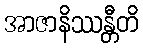
အာဇာနိဿန္တီတိ